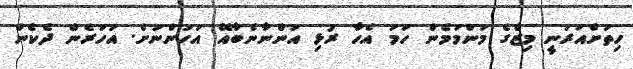
ހިތަށްއަރަނީ މިޒްގެ މަންމަމެން ހަމަ އެހާ ރުޅި އަންނާނެބާއޭ އަހަންނަށް. އަހަރެން ދެކެން